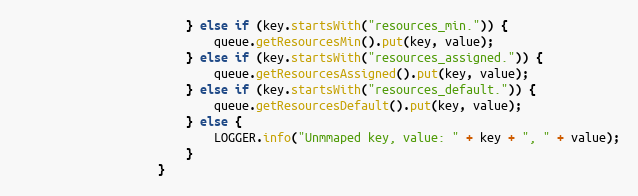
Language: Java
                        } else if (key.startsWith("resources_min.")) {
                            queue.getResourcesMin().put(key, value);
                        } else if (key.startsWith("resources_assigned.")) {
                            queue.getResourcesAssigned().put(key, value);
                        } else if (key.startsWith("resources_default.")) {
                            queue.getResourcesDefault().put(key, value);
                        } else {
                            LOGGER.info("Unmmaped key, value: " + key + ", " + value);
                        }
                    }